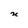
Character: n